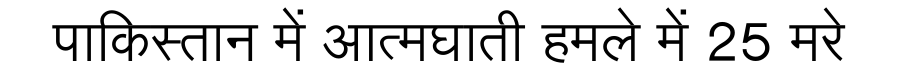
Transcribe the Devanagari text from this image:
पाकिस्तान में आत्मघाती हमले में 25 मरे